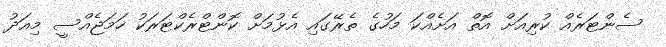
ސެންޓަރެއް ކުރިއަށް އޮތް އަށެއްކަ މަހުގެ ތެރޭގައި އެޅުމަށް ކޮންޓްރެކްޓަރަކު ހަމަޖެއްސީ މިއަދު